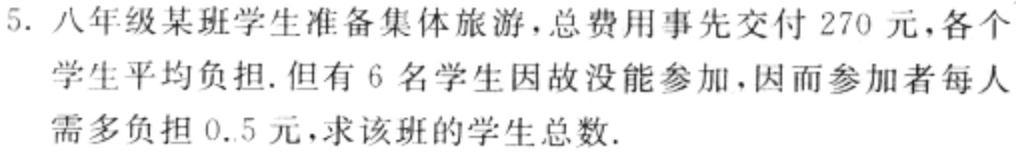
5. 八年级某班学生准备集体旅游，总费用事先交付270元，各个学生平均负担. 但有6名学生因故没能参加，因而参加者每人需多负担0.5元，求该班的学生总数.